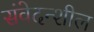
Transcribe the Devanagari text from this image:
संवेदन्शील